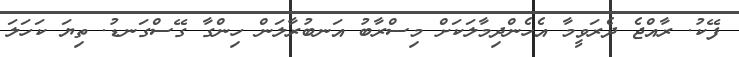
ފޭކު. ރާއްޖެ ދެރަވީމާ އެހެންދިމާލަކަށް މިސްރާބު އަނބުރާލަން ހިންގާ ގޭސްގަނޑު. ތިޔަ ކަހަލަ